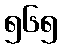
၅၆၅